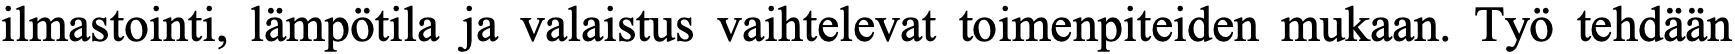
ilmastointi, lämpötila ja valaistus vaihtelevat toimenpiteiden mukaan. Työ tehdään